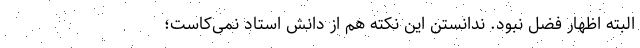
البته اظهار فضل نبود. ندانستن این نکته هم از دانش استاد نمی‌کاست؛